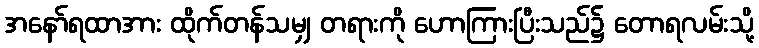
အနော်ရထာအား ထိုက်တန်သမျှ တရားကို ဟောကြားပြီးသည်၌ တောရလမ်းသို့